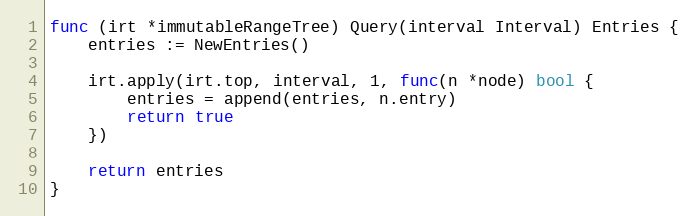
Language: Go
func (irt *immutableRangeTree) Query(interval Interval) Entries {
	entries := NewEntries()

	irt.apply(irt.top, interval, 1, func(n *node) bool {
		entries = append(entries, n.entry)
		return true
	})

	return entries
}